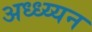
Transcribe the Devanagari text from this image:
अध्ध्य्यन